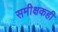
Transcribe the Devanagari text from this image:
समीक्षकही